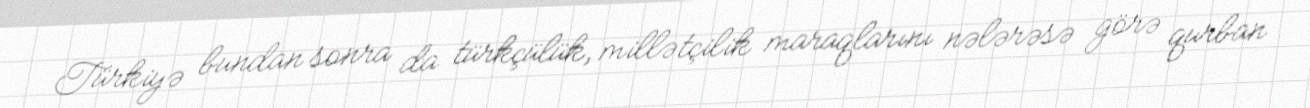
Türkiyə bundan sonra da türkçülük, millətçilik maraqlarını nələrəsə görə qurban